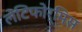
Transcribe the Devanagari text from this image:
लेंटिफोर्मिस